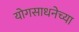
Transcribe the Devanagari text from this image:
योगसाधनेच्या